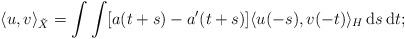
LaTeX: \begin{align*} \langle u,v \rangle_{\tilde X} = \int \int [a(t+s) - a'(t+s)] \langle u(-s), v(-t) \rangle_H \, {\rm d}s \, {\rm d}t;\end{align*}